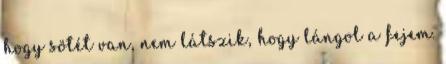
hogy sötét van, nem látszik, hogy lángol a fejem.